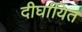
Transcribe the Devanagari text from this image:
दीर्घायित